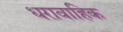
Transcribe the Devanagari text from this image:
धरावाहिक